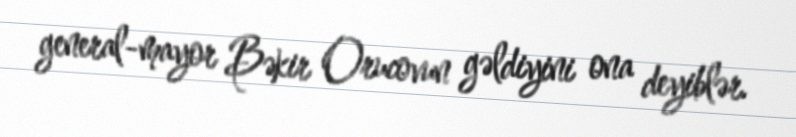
general-mayor Bəkir Orucovun gəldiyini ona deyiblər.